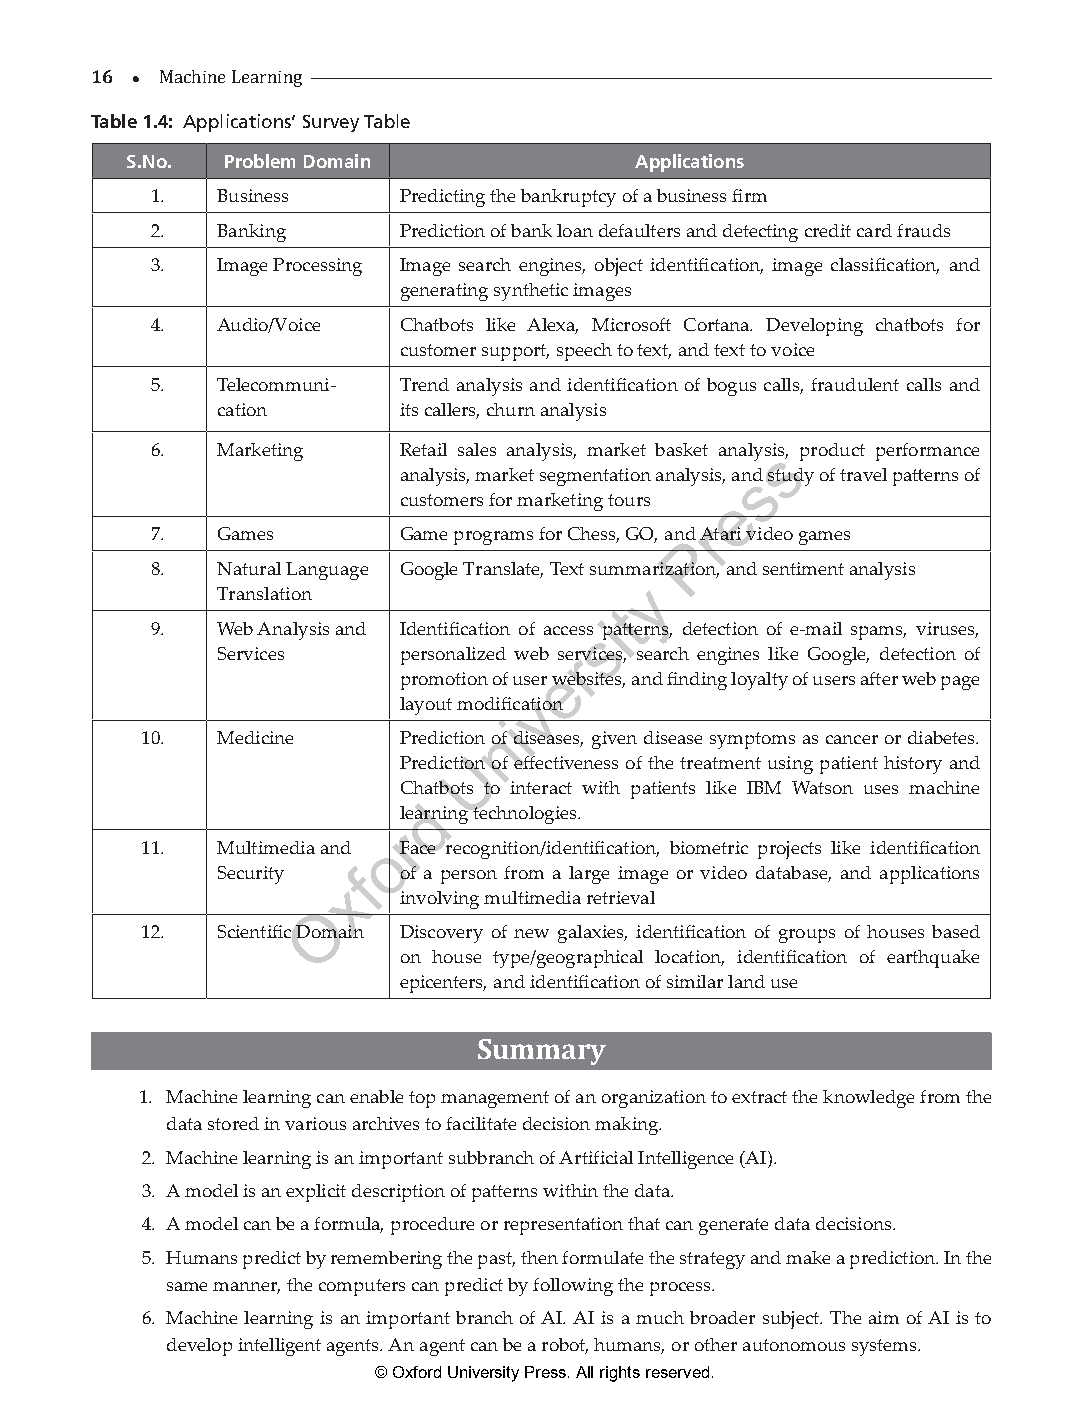
16 
 Tab le 1.4M: aAchpinpeli cLaetaironnins’g Survey Table
 S.No.  Problem Domain             Applications
 1.  Business     Predicting the bankruptcy of a business firm
 2.  Banking      Prediction of bank loan defaulters and detecting credit card frauds
 3.  Image Processing Image search engines, object identification, image classification, and
 generating synthetic images
 4.  Audio/Voice  Chatbots like Alexa, Microsoft Cortana. Developing chatbots for
 customer support, speech to text, and text to voice
 5.  Telecommuni- Trend analysis and identification of bogus calls, fraudulent calls and
 cation       its callers, churn analysis
 6.  Marketing    Retail sales analysis, market basket analyssis, product performance
 analysis, market segmentation analysis, ansd study of travel patterns of
 customers for marketing tours e
 r
 7.  Games        Game programs for Chess, GO, anPd Atari video games
 8.  Natural Language Google Translate, Text summa rization, and sentiment analysis
 y
 Translation
 t
 i
 9.  Web Analysis and Identification of accesss patterns, detection of e-mail spams, viruses,
 Services     personalized web serrvices, search engines like Google, detection of
 e
 promotion of user websites, and finding loyalty of users after web page
 v
 layout modification
 i
 n
 10.  Medicine     Prediction of diseases, given disease symptoms as cancer or diabetes.
 U
 Prediction of effectiveness of the treatment using patient history and
 Cha tbots to interact with patients like IBM Watson uses machine
 d
 learning technologies.
 r
 11.  Multimedia and oFace recognition/identification, biometric projects like identification
 Security f   of a person from a large image or video database, and applications
 x
 involving multimedia retrieval
 O
 12.  Scientific Domain Discovery of new galaxies, identification of groups of houses based
 on house type/geographical location, identification of earthquake
 epicenters, and identification of similar land use
 Summary
 1. Machine learning can enable top management of an organization to extract the knowledge from the
 data stored in various archives to facilitate decision making.
 2. Machine learning is an important subbranch of Artificial Intelligence (AI).
 3. A model is an explicit description of patterns within the data.
 4. A model can be a formula, procedure or representation that can generate data decisions.
 5. Humans predict by remembering the past, then formulate the strategy and make a prediction. In the
 same manner, the computers can predict by following the process.
 6. Machine learning is an important branch of AI. AI is a much broader subject. The aim of AI is to
 develop intelligent agents. An agent can be a robot, humans, or other autonomous systems.
 © Oxford University Press. All rights reserved.
 ML_01.indd 16                                                 26-Mar-21 3:12:42 PM